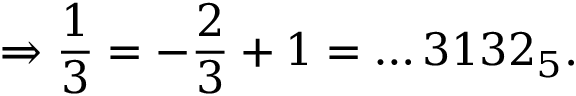
\Rightarrow { \frac { 1 } { 3 } } = - { \frac { 2 } { 3 } } + 1 = \dots 3 1 3 2 _ { 5 } .